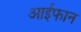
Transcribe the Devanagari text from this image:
आईफान